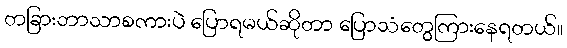
တခြားဘာသာစကားပဲ ပြောရမယ်ဆိုတာ ပြောသံတွေကြားနေရတယ်။